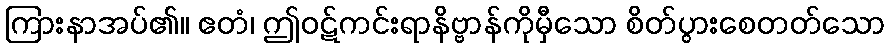
ကြားနာအပ်၏။ ဧတံ၊ ဤဝဋ်ကင်းရာနိဗ္ဗာန်ကိုမှီသော စိတ်ပွားစေတတ်သော